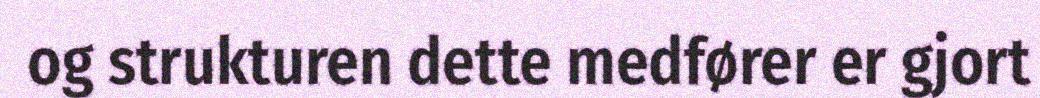
og strukturen dette medfører er gjort